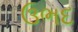
ઉભદ